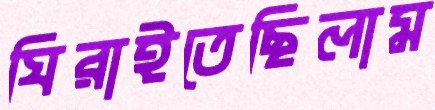
ঘিরাইতেছিলাম